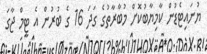
ޔުނައިޓެޑުން ކާމިޔާބުކޮށް މުބާރާތުގެ ގަދަ 16 ގެ ބުރުން އެ ޓީމް ޖާގަ